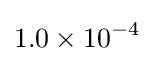
1.0\times 10^{-4}